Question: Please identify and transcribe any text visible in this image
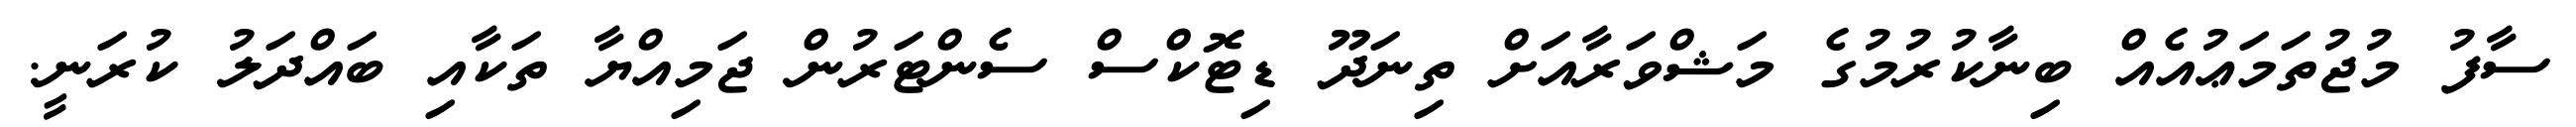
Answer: ސާފު މުޖުތަމަޢުއެއް ބިނާކުރުމުގެ މަޝްވަރާއަށް ތިނަދޫ ޑިޓޮކްސް ސެންޓަރުން ޖަމިއްޔާ ތަކާއި ބައްދަލު ކުރަނީ.